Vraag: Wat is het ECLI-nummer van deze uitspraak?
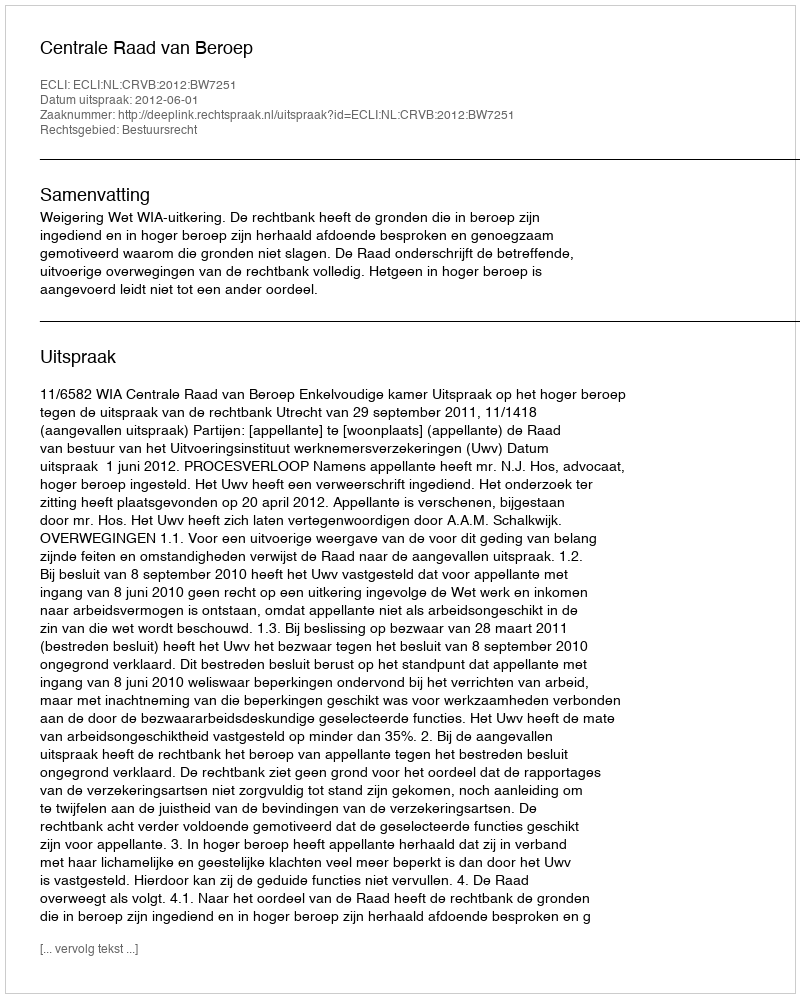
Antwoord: ECLI:NL:CRVB:2012:BW7251